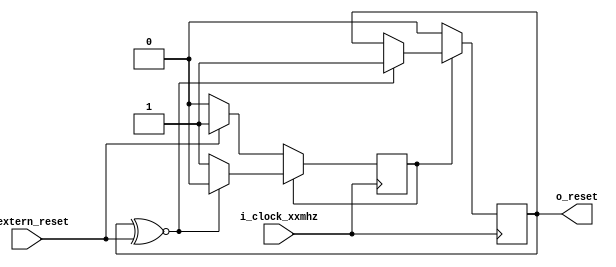

module reset(
    input       i_extern_reset,
    input       i_clock_xxmhz,
    output reg  o_reset         = 0
);

    reg         once            = 1;
always @ (negedge/**/ i_clock_xxmhz) begin
    if (once) begin
        if (o_reset ~^ i_extern_reset) begin
            o_reset             = 1;
            once                = 0;
        end
    end else begin
        o_reset                 = 0;

        if (o_reset ^ i_extern_reset) begin
            once                = 1;
        end
    end
end

endmodule